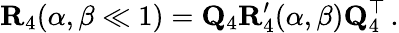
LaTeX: \mathbf{R}_{4}(\alpha,\beta\ll 1)=\mathbf{Q}_{4}\mathbf{R}_{4}^{\prime}(\alpha,\beta)\mathbf{Q}_{4}^{\top}\, .